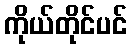
ကိုယ်တိုင်ပင်